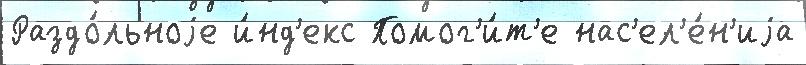
Раздо́льноjе и́нд'екс Помог'и́т'е нас'ел'е́н'иjа